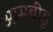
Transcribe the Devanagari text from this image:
अम्मबीडु